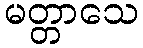
မတ္တာသေ